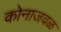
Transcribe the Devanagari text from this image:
कोनाजवळ